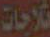
ثلاجات